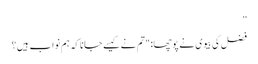
”
فضل کی بیوی نے پوچھا: "تم نے کیسے جانا کہ ہم نواب ہیں؟